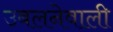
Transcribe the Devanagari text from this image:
उबलनेवाली